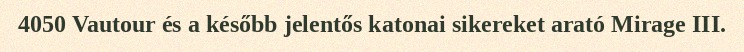
4050 Vautour és a később jelentős katonai sikereket arató Mirage III.